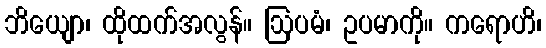
ဘိယျော၊ ထိုထက်အလွန်။ ဩပမံ၊ ဥပမာကို။ ကရောဟိ၊